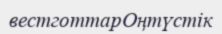
вестготтарОңтүстік